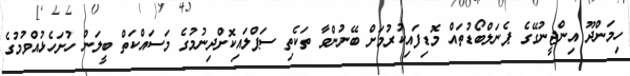
ހިމަންދޫ އިންޖީނުގޭގެ ޕެނަލްބޯޑުތައް މޮޑިފައިކުރުމަށް ބޭނުންވާ ތަކެތި ސަޕްލައިކޮށްދިނުމުގެ މަސައްކަތް ބީލަން ހުށަހެޅުއްވުމުގެ